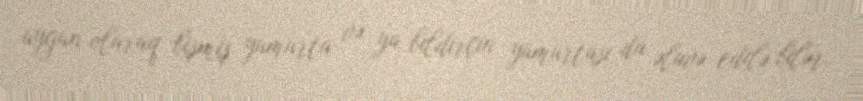
uyğun olaraq bişmiş yumurta və ya bildirçin yumurtası da əlavə edilə bilər.